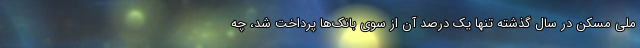
ملی مسکن در سال گذشته تنها یک درصد آن از سوی بانک‌ها پرداخت شد، چه